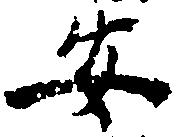
安